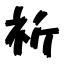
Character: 祈